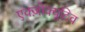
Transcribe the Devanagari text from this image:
एक्ज़ोक्यूटिव